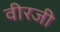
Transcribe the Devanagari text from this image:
वीरजी